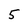
Character: 5